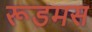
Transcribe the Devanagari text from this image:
रूडमस